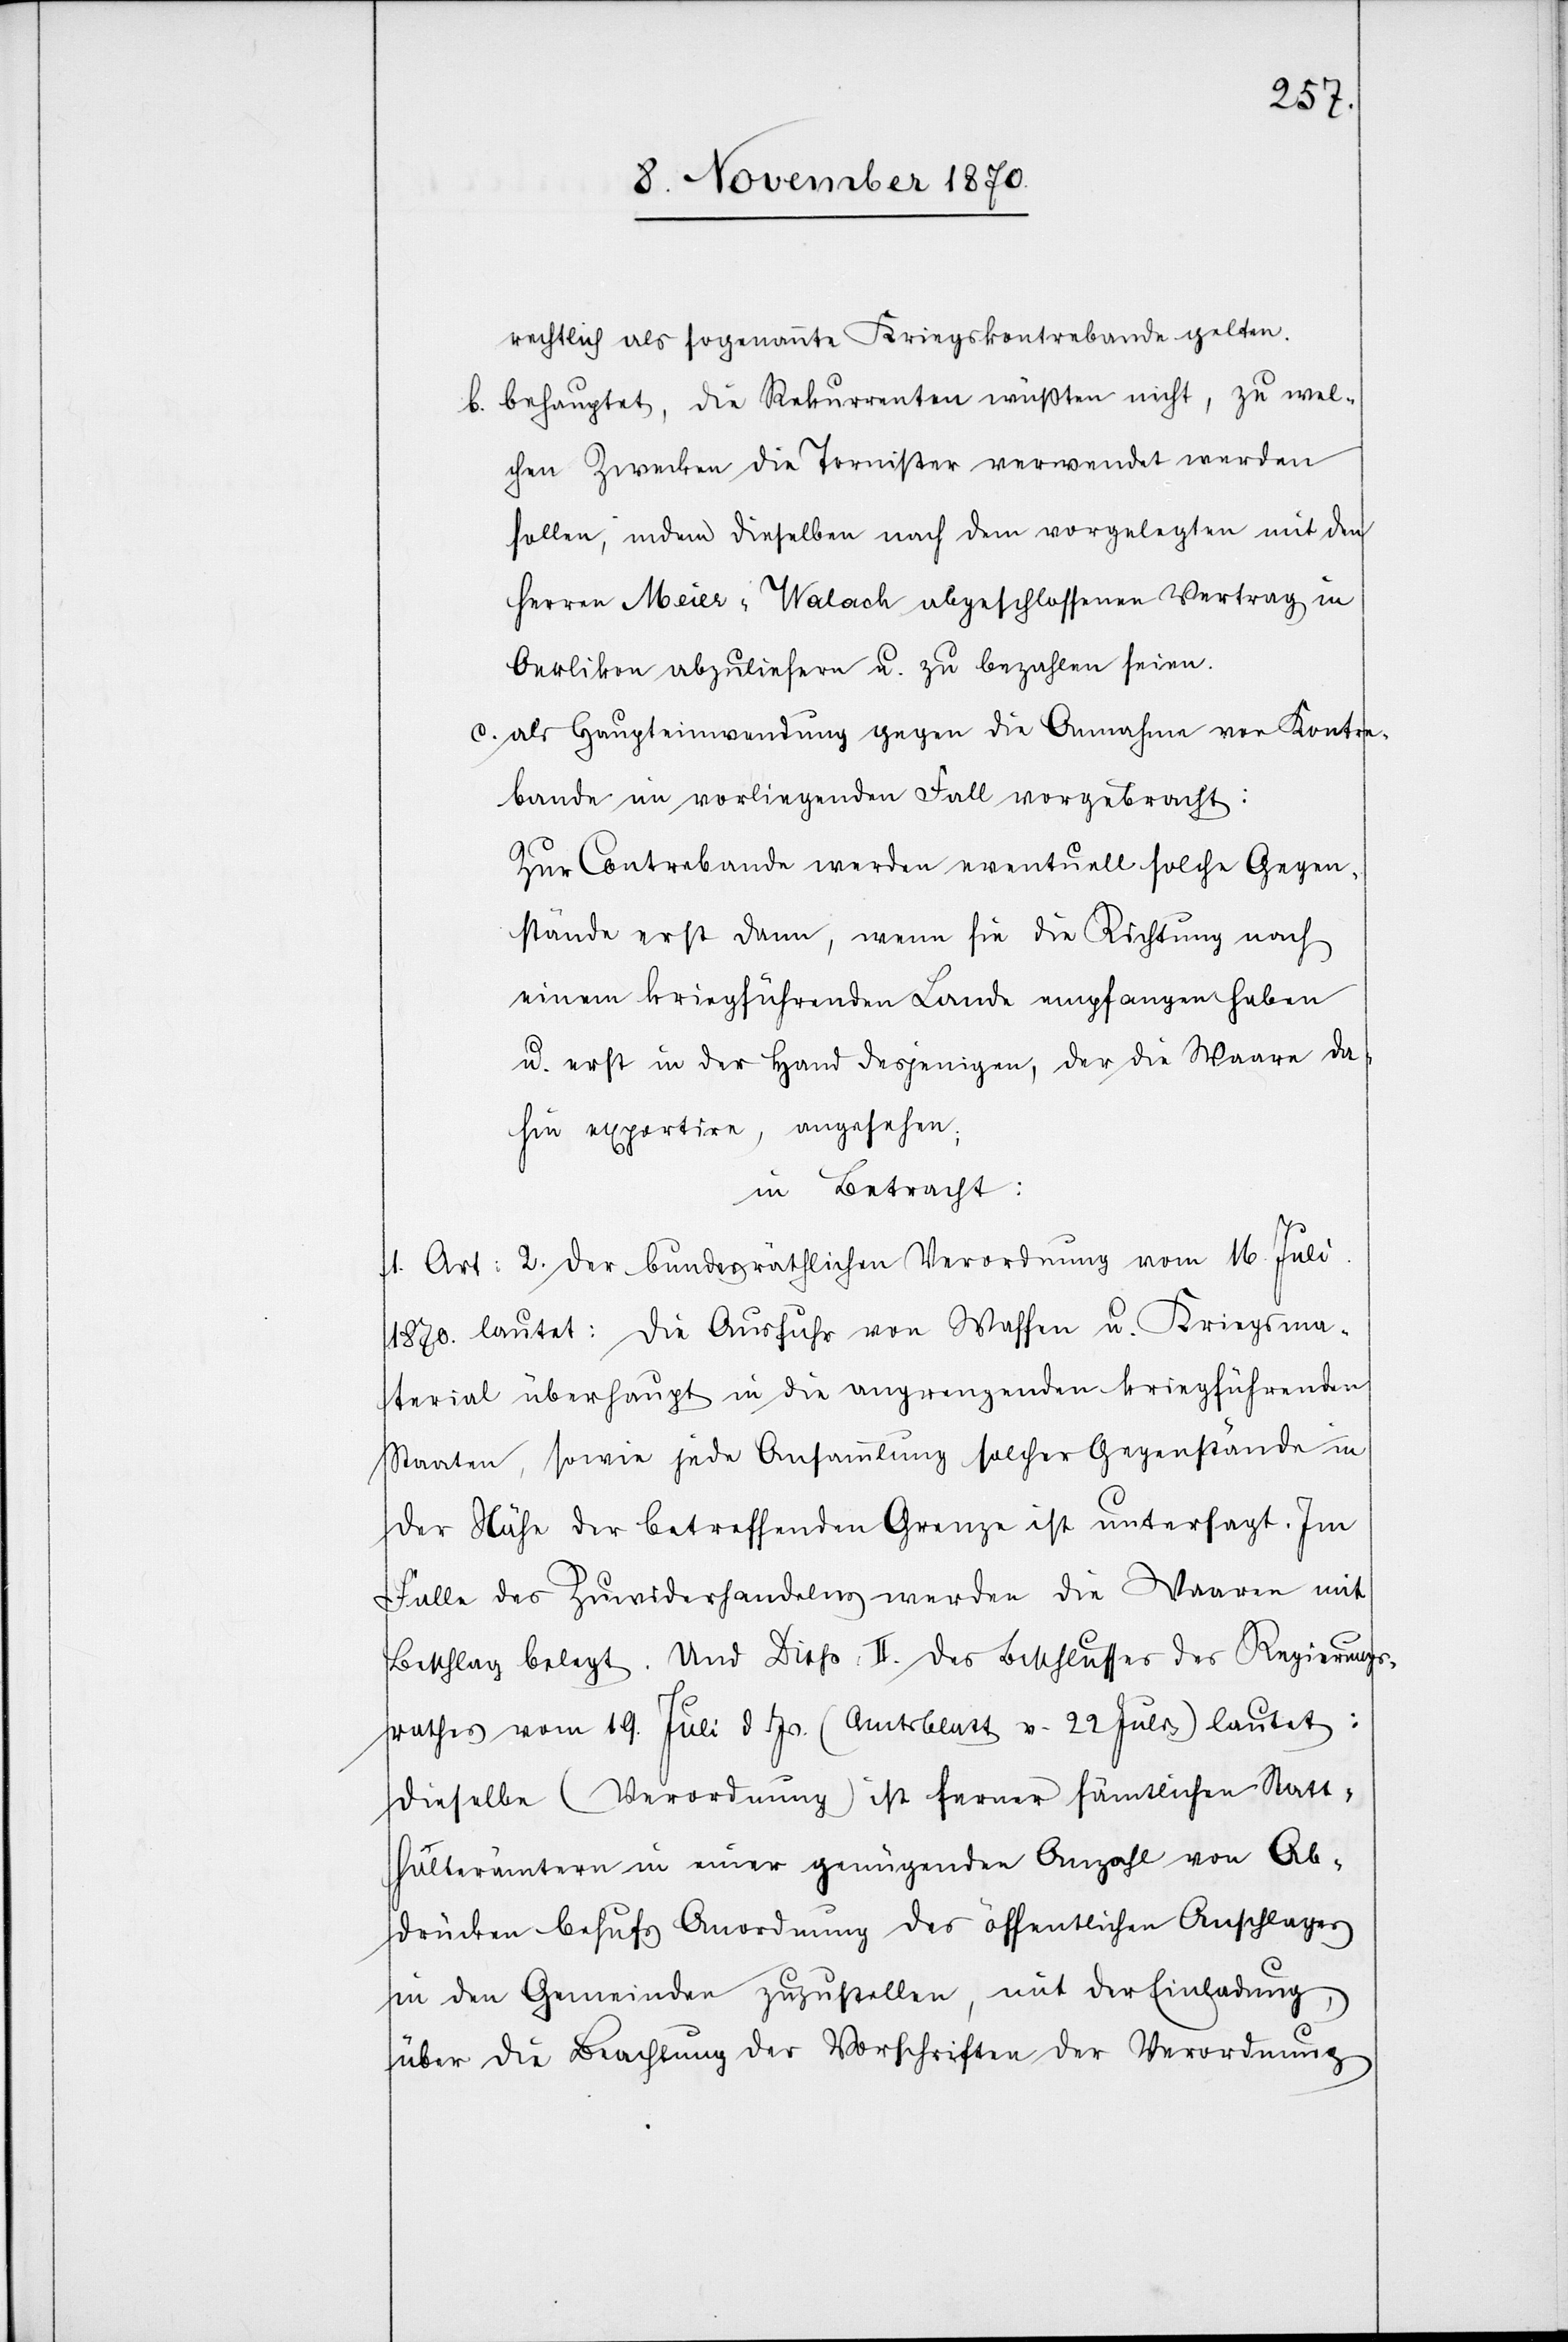
rechtlich als sogenannte Kriegskontrabande gelten.
b. behauptet, die Rekurrenten wüssten nicht, zu wel¬
chem Zwecke die Tornister verwendet werden
sollen, indem dieselben nach dem vorgelegten mit den
Herren Meier-Walach abgeschlossenen Vertrag in
Oerlikon abzuliefern u. zu bezahlen seien.
c. Als Haupteinwendung gegen die Annahme von Kontra¬
bande in vorliegenden Fall vorgebracht:
Zur Contrabande werden eventuell solche Gegen¬
stände erst dann, wenn sie die Richtung nach
einem kriegführenden Lande empfangen haben
u. erst in der Hand desjenigen, der die Waare da¬
hin exportire, angesehen;
in Betracht:
1. Art: 2. der bundesräthlichen Verordnung vom 16. Juli
1870. lautet: Die Ausfuhr von Waffen u. Kriegsma¬
terial überhaupt in die angrenzenden kriegführenden
Staaten, sowie jede Ansammlung solcher Gegenstände in
der Nähe der betreffenden Grenze ist untersagt. Im
Falle der Zuwiderhandlung werden die Waaren mit
Beschlag belegt. Und Disp: II. des Beschlusses des Regierungs¬
rathes vom 19. Juli d. Js. (Amtsblatt v. 22. Juli) lautet:
Dieselbe (Verordnung) ist ferner sämtlichen Statt¬
halterämtern in einer genügenden Anzahl von Ab¬
drücken behufs Anordnung des öffentlichen Anschlages
in den Gemeinden zuzustellen, mit der Einladung,
über die Beachtung der Vorschriften der Verordnung